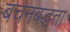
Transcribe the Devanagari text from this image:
बचनबद्धता